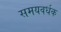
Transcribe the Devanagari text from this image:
समयवर्धक